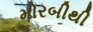
મોરબીથી